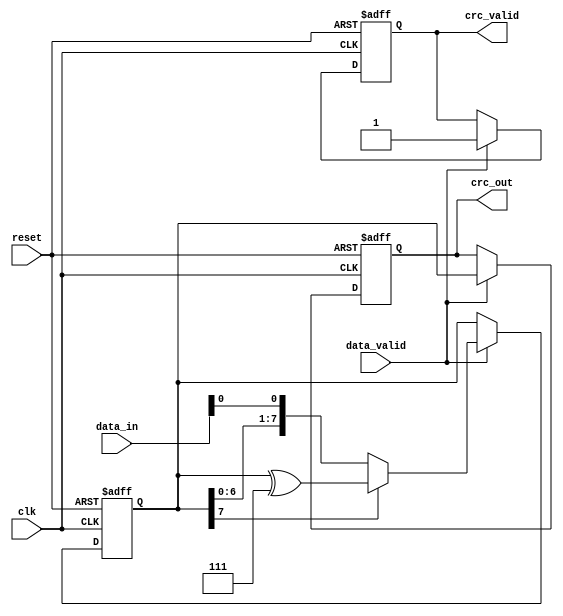
module parameterized_crc #(
    parameter CRC_WIDTH = 8,          // Width of the CRC output
    parameter POLYNOMIAL = 8'h07,     // CRC polynomial (example: x^8 + x^2 + x + 1)
    parameter INIT_CRC = 8'h00,        // Initial value of the CRC
    parameter INPUT_WIDTH = 8          // Width of input data
)(
    input wire clk,                   // Clock signal
    input wire reset,                 // Active-high reset
    input wire [INPUT_WIDTH-1:0] data_in, // Input data stream
    input wire data_valid,            // Data valid signal
    output reg [CRC_WIDTH-1:0] crc_out, // Computed CRC value
    output reg crc_valid              // CRC valid output
);

    reg [CRC_WIDTH-1:0] crc_reg;      // Current CRC value
    integer i;

    // Polynomial mask for CRC computation (assuming the polynomial is represented as a binary integer)
    wire [CRC_WIDTH-1:0] polynomial_mask = POLYNOMIAL;

    always @(posedge clk or posedge reset) begin
        if (reset) begin
            crc_reg <= INIT_CRC;        // Reset CRC to initial value
            crc_out <= INIT_CRC;        // Reset output CRC
            crc_valid <= 1'b0;          // Invalidate CRC output
        end else if (data_valid) begin
            // Process the input data for CRC calculation
            for (i = 0; i < INPUT_WIDTH; i = i + 1) begin
                // Shift in the new bit
                crc_reg <= {crc_reg[CRC_WIDTH-2:0], data_in[INPUT_WIDTH-1 - i]};
                
                // Perform CRC calculation
                if (crc_reg[CRC_WIDTH-1]) begin
                    crc_reg <= crc_reg ^ polynomial_mask; // XOR with polynomial if MSB is 1
                end
            end
            
            crc_out <= crc_reg;            // Update the CRC output
            crc_valid <= 1'b1;             // Indicate that CRC output is valid
        end
    end

endmodule